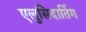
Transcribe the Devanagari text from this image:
एलुसिदातिंग